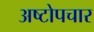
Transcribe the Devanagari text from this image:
अष्टोपचार